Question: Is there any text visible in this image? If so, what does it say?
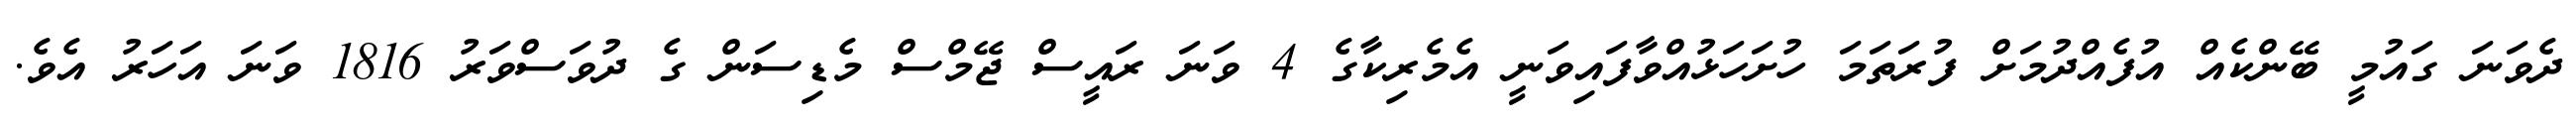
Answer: ދެވަނަ ގައުމީ ބޭންކެއް އުފެއްދުމަށް ފުރަތަމަ ހުށަހަޅުއްވާފައިވަނީ އެމެރިކާގެ 4 ވަނަ ރައީސް ޖޭމްސް މެޑިސަން ގެ ދުވަސްވަރު 1816 ވަނަ އަހަރު އެވެ.